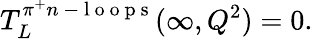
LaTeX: T_{L}^{\pi^{+}n\mathrm{~-~l~o~o~p~s~}}(\infty,Q^{2})=0.